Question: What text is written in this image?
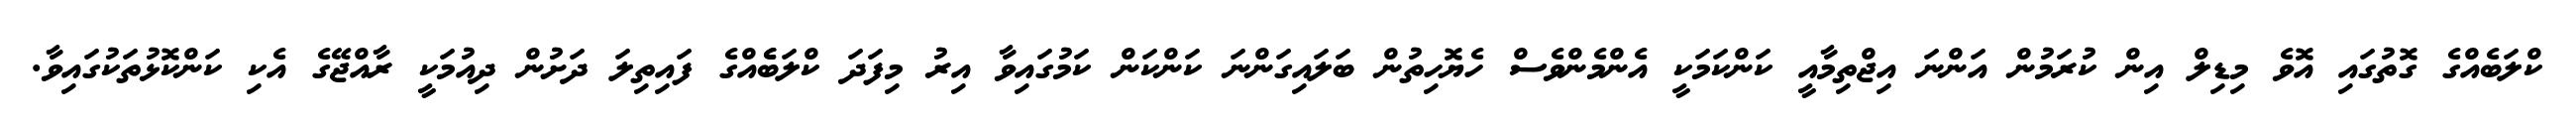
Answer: ކްލަބެއްގެ ގޮތުގައި އޮވެ މިޑިލް އިން ކުރަމުން އަންނަ އިޖްތިމާއީ ކަންކަމަކީ އެންމެންވެސް ހެޔޮހިތުން ބަލައިގަންނަ ކަންކަން ކަމުގައިވާ އިރު މިފަދަ ކްލަބެެއްގެ ފައިތިލަ ދަށުން ދިއުމަކީ ރާއްޖޭގެ އެކި ކަންކޮޅުތަކުގައިވާ.